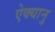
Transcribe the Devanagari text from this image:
ऐक्यानु